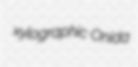
xylographic Onida